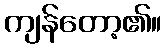
ကျန်တော့၏။